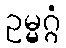
ဥမ္မဂ္ဂံ